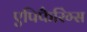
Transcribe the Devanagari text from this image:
एपिफैरिंग्स